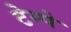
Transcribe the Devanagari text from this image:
टेम्पे